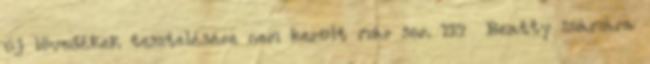
új lövedékek tesztelésére nem került már sor. 127 Beatty számára